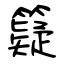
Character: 籎